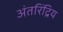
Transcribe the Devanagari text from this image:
अंतरिंद्रिय